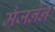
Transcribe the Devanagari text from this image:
मैजनेन